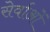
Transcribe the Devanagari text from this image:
सेर्वाओं